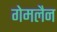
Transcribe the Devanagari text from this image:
गेमलैन